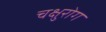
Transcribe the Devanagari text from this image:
चक्षुरोग